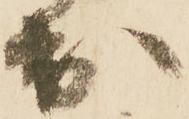
出